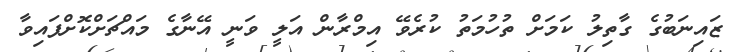
ޒައިނަބުގެ ގާތިލު ކަމަށް ތުހުމަތު ކުރެވޭ އިމްރާން އަލީ ވަނީ އޭނާގެ މައްޗަށްކޮށްފައިވާ